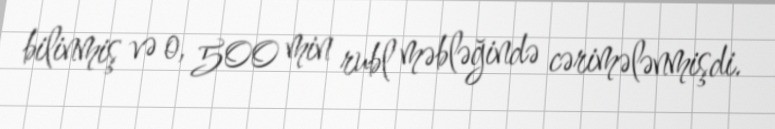
bilinmiş və o, 500 min rubl məbləğində cərimələnmişdi.